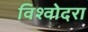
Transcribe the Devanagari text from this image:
विश्वोदरा